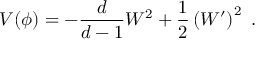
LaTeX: V ( \phi ) = - \frac { d } { d - 1 } W ^ { 2 } + \frac 1 2 \left( W ^ { \prime } \right) ^ { 2 } ~ .